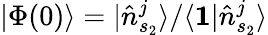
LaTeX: |\Phi(0)\rangle=|\hat{n}_{s_{2}}^{j}\rangle/\langle\mathbf{1}|\hat{n}_{s_{2}}^{j}\rangle